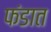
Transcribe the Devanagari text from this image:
फंडात